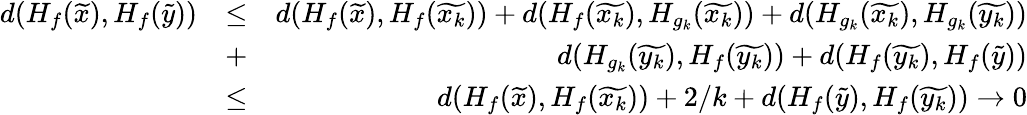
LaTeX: \begin{array}{rlr}{d(H_{f}(\widetilde{x}),H_{f}(\widetilde{y}))}&{\leq}&{d(H_{f}(\widetilde{x}),H_{f}(\widetilde{x_{k}}))+d(H_{f}(\widetilde{x_{k}}),H_{g_{k}}(\widetilde{x_{k}}))+d(H_{g_{k}}(\widetilde{x_{k}}),H_{g_{k}}(\widetilde{y_{k}}))}\\ &{+}&{d(H_{g_{k}}(\widetilde{y_{k}}),H_{f}(\widetilde{y_{k}}))+d(H_{f}(\widetilde{y_{k}}),H_{f}(\widetilde{y}))}\\ &{\leq}&{d(H_{f}(\widetilde{x}),H_{f}(\widetilde{x_{k}}))+2/k+d(H_{f}(\widetilde{y}),H_{f}(\widetilde{y_{k}}))\to 0}\end{array}